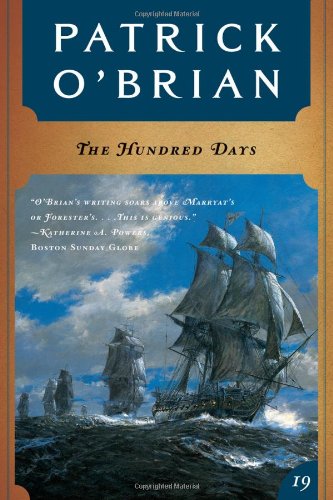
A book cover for The Hundred Days (Vol. Book 19)  (Aubrey/Maturin Novels); Patrick O'Brian; Literature & Fiction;